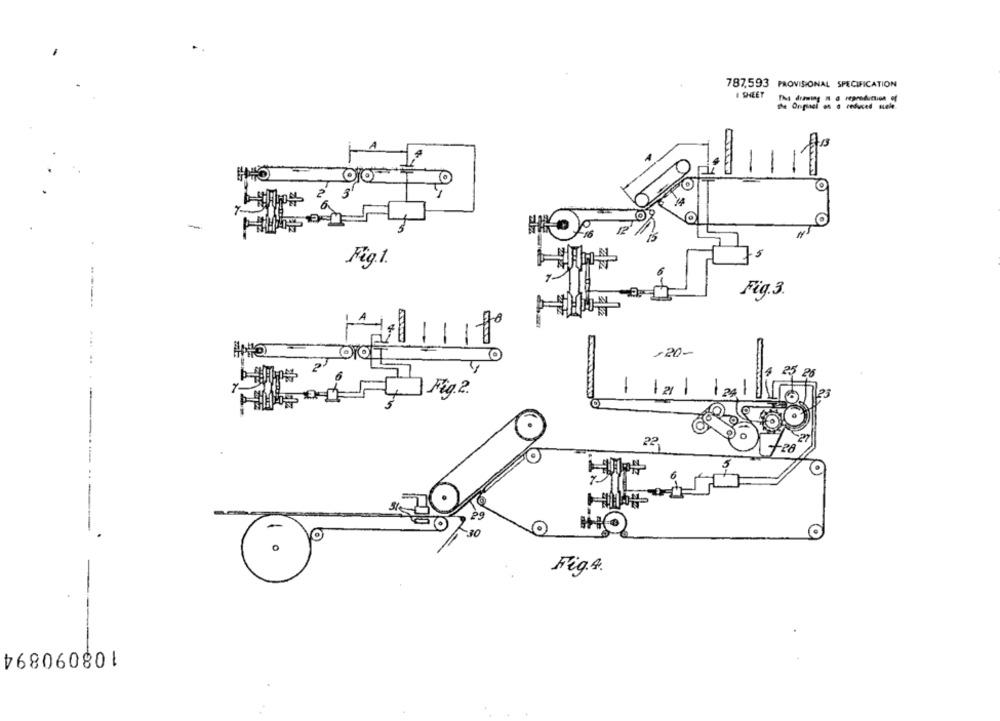
787.593 PROVISIONAL SPECIFICATION
# SHEET
Tha drawing n @ reproduction of
the Original on a reduced suele
O
-
Fig.1.
Fig.3.
-20-
25 26
2
-
-
22
-
0
Fig.4.
108090894